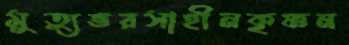
মুত্যুভরসাহীনকৃষ্ণন